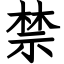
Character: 禁